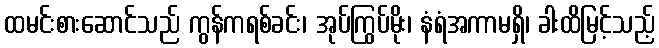
ထမင်းစားဆောင်သည် ကွန်ကရစ်ခင်း၊ အုပ်ကြွပ်မိုး၊ နံရံအကာမရှိ၊ ခါးထိမြင့်သည့်